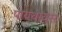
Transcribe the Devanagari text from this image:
पायथायस